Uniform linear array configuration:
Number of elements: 12
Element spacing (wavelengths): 0.25
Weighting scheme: exponential
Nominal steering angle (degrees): -30
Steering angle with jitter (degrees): -30.879
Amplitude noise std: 0.05
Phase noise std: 0.05

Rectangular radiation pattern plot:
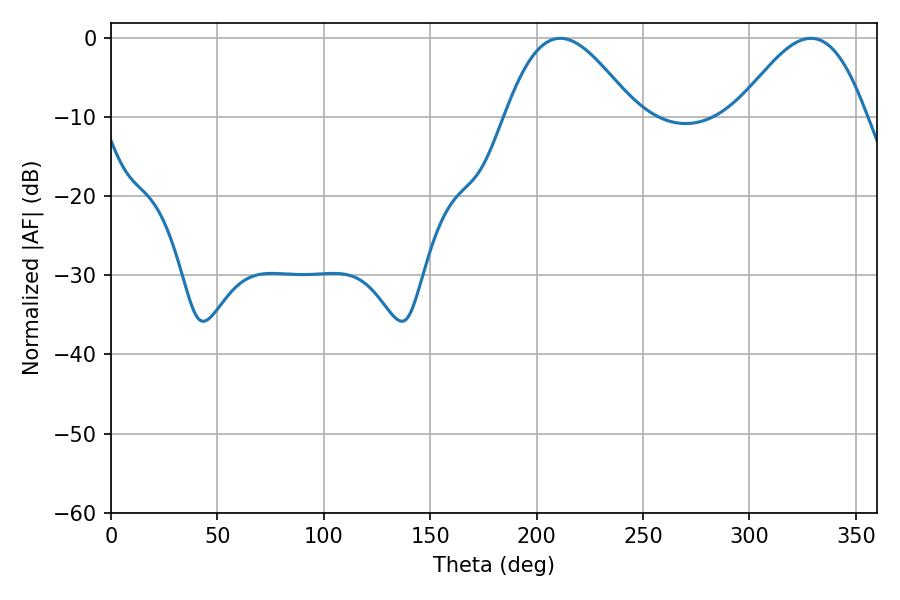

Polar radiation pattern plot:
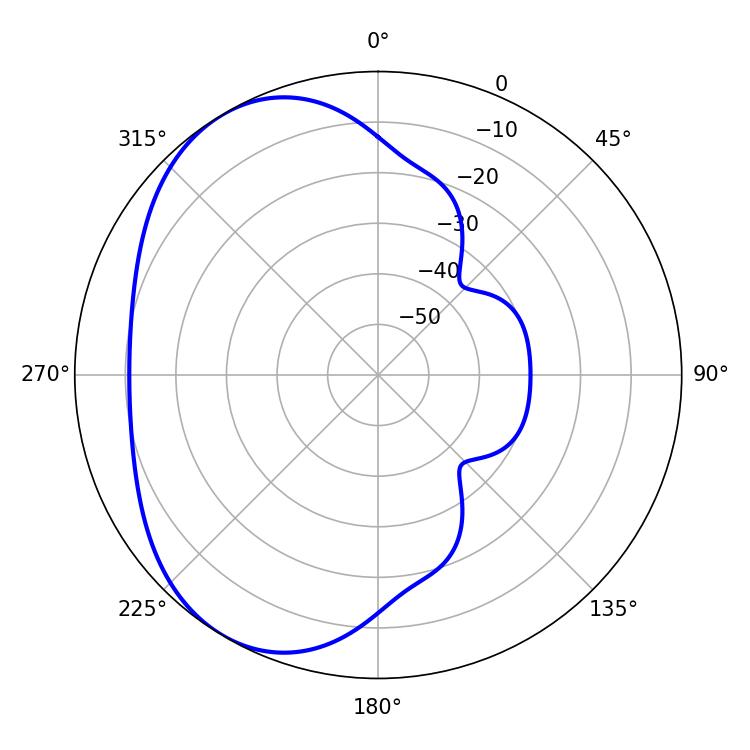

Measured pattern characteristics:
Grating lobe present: FALSE
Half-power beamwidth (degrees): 32.94
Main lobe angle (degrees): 211.14